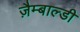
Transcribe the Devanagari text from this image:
ज़ैम्बाल्डी